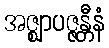
အဇ္ဈာပဇ္ဇန္တီနံ